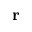
\mathbf { r }